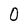
Character: 0